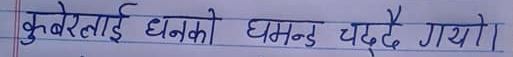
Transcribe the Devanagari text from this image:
कुबेरलाई धनको घमण्ड चढ्दै गयो।